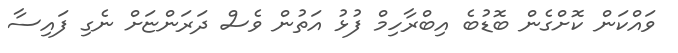
ވައްކަން ކޮށްގެން ބޮޑުބެ އިބްރާހިމް ފުޅު އަތުން ވެސް ދަރަންޏަށް ނެގި ފައިސާ